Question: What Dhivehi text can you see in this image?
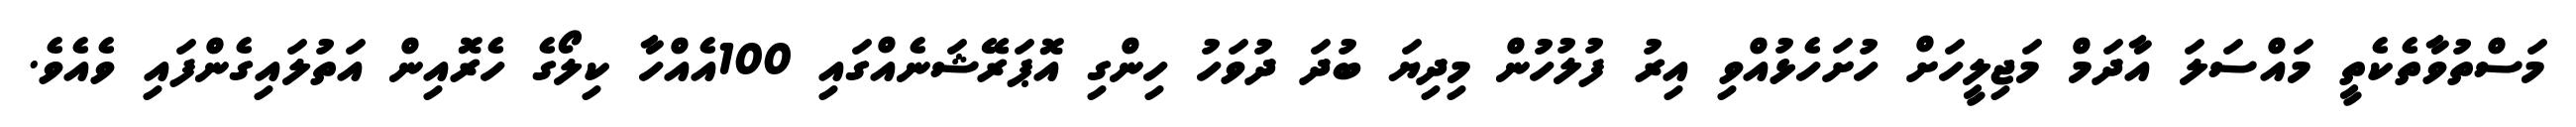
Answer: މަސްތުވާތެކެތީ މައްސަލަ އާދަމް މަޖިލީހަށް ހުށަހެޅުއްވި އިރު ފުލުހުން މިދިޔަ ބުދަ ދުވަހު ހިންގި އޮޕަރޭޝަނެއްގައި 100އެއްހާ ކިލޯގެ ހެރޮއިން އަތުލައިގެންފައި ވެއެވެ.